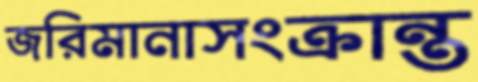
জরিমানাসংক্রান্ত